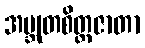
အဗ္ဘုတစိတ္တဇာတာ